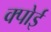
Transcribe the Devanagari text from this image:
क्पोई